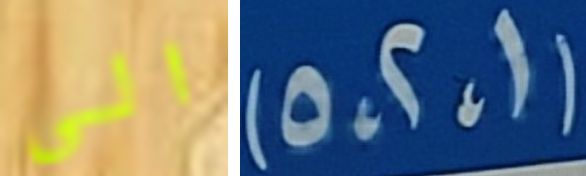
الى (1،2،5)